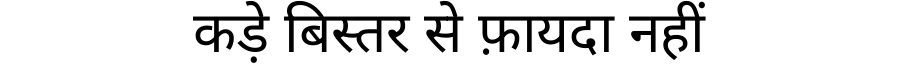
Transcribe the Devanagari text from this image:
कड़े बिस्तर से फ़ायदा नहीं